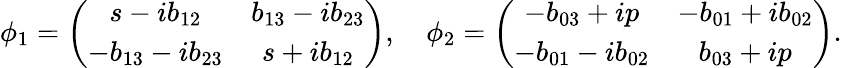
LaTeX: \phi_{1}=\left(\begin{array}{cc}{{s-ib_{12}}}&{{b_{13}-ib_{23}}}\\ {{-b_{13}-ib_{23}}}&{{s+ib_{12}}}\end{array}\right),\quad\phi_{2}=\left(\begin{array}{cc}{{-b_{03}+ip}}&{{-b_{01}+ib_{02}}}\\ {{-b_{01}-ib_{02}}}&{{b_{03}+ip}}\end{array}\right).